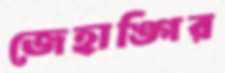
জেহাঙ্গির